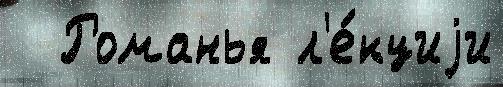
  Романья л'е́кциjи